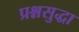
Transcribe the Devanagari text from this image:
प्रश्नसुद्धा